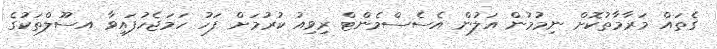
ގެތައް މަރާމާތުކޮށް ނިމުމުން އަލުން އެސެސްމެންޓް ރިވިއު ކުރުމަށް ފަހު ހަމަޖެހުފައިވާ އސޫލްތަކުގެ